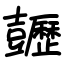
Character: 𧰡